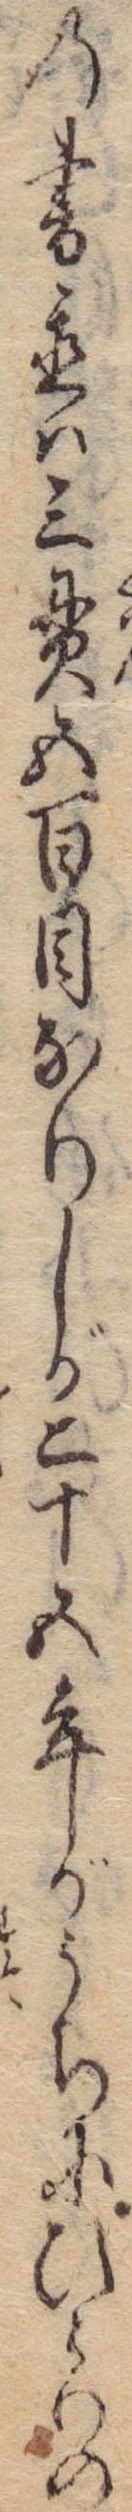
の書置は三貫五百目なりしが二十五年がうちにひとりの